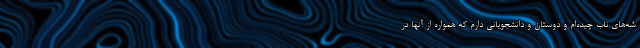
شه‌های ناب چیده‌ام و دوستان و دانشجویانی دارم که همواره از آنها در